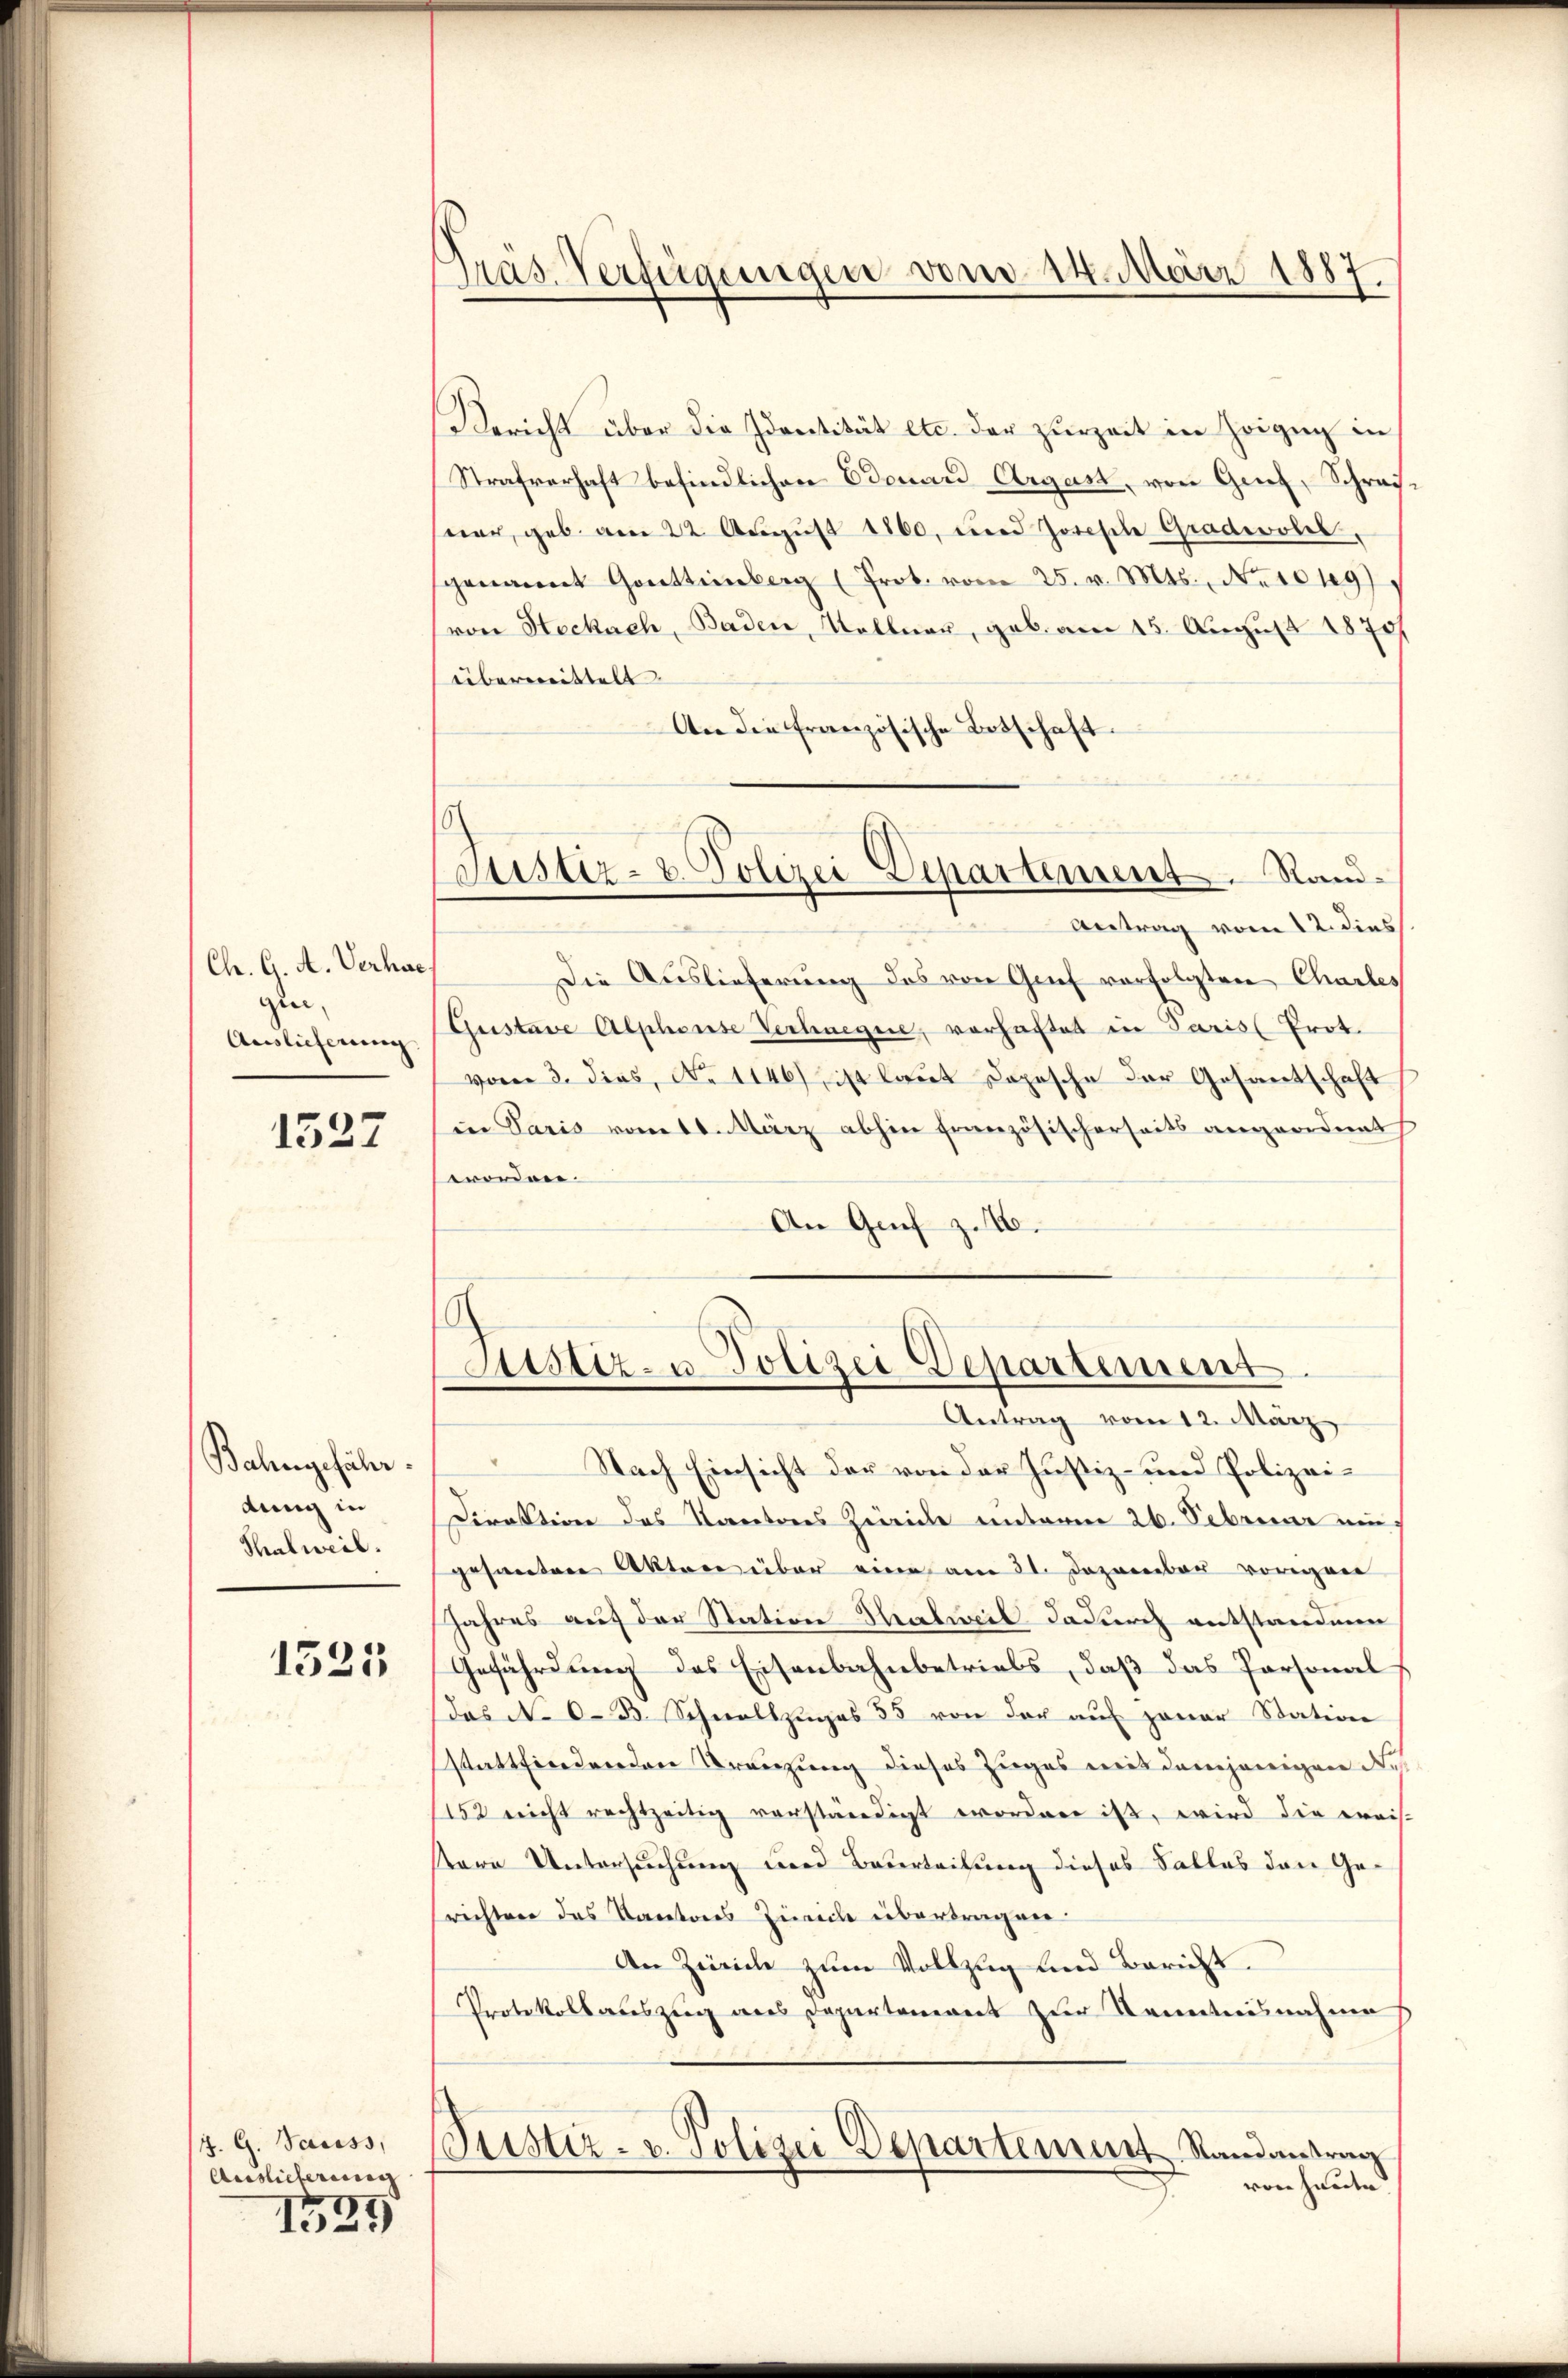
Ch. G. A. Verhac
gui,
Auslieferung

1527

Bahngefähr
dung in
Thalweil.

1525

J. G. Sacess,
Auslicherung

1529

Pras. Verfügungen vom 14. März 1887.

Bericht über die Identität etc. der zŭrzeit in Heizug in
Strafverhaft befindlichen Edouard Argast, von Genf, Schreister, geb. am 22. August 1860, und Josische Gradevolel,
genannt Gottienberg (Prot. vom 25. v. Mts., Naseng
von Seckach, Baden, Wallnau, geb. am 15. August 1870
übermittelt.
An die französische Botschaft.
Coustiz- & Polizei Departement. Sand¬
 Antrag vom 12. dies
Die Auslieferung des von Grief verfolgten Charles
Gustave Alpheuse Verhaegere, vorhaftet in Paris Prot.
vom 3. dies, No 1146) ist laut Depesche der Gesantschaft
in Paris vom 1. März abhin französischerseits angeordnet
wordnen.
An Genf z.10.

Astiz- u. Polizei Departement
Antrag vom 12. März

Nach Einsicht der von der Justiz- und Polizei¬
Direktion des Kantons Zweide unterm 26. Februar ni
gesanten Akten über eine am 21. Dezember vorenen
Jahres auf der Station Thalweil dadurch entstandien
Gefährdung des Eisenbahnbetriebs, daß das Personal
das No 0.B. Schnellzŭges 35 von der auf paar Station
stattfindenden Kränzung dieses Zuges mit demjenigen Ne
152 nicht rechtzeitig verständigt worden ist, wird die weis-
ttare Untersuchung und Bauerteilung dieses Falles den Gesrichten das Kantons Zürich übertragen
An Zürich zum Vollzug und Bericht.
Protokollauszug aus Departement zur Kenntnisnahme,
Bustiz- u. Polizei Departement Randantrag
von heute